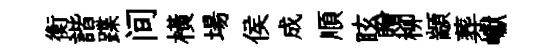
衡諧蹀间橫場侯成順眩贈柳顓葬巘